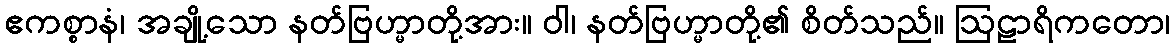
ဧကစ္စာနံ၊ အချို့သော နတ်ဗြဟ္မာတို့အား။ ဝါ၊ နတ်ဗြဟ္မာတို့၏ စိတ်သည်။ ဩဠာရိကတော၊